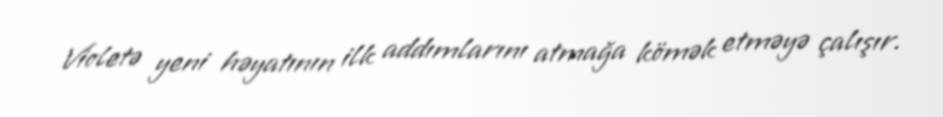
Violetə yeni həyatının ilk addımlarını atmağa kömək etməyə çalışır.